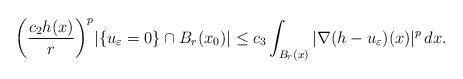
LaTeX: \begin{align*} \bigg(\frac{c_2h(x)}{r}\bigg)^p|\{u_\varepsilon=0\}\cap B_r(x_0)|\leq c_3\int_{B_{r}(x)}|\nabla(h-u_\varepsilon)(x)|^p\,dx.\end{align*}